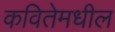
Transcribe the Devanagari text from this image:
कवितेमधील